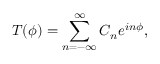
T ( \phi ) = \sum _ { n = - \infty } ^ { \infty } C _ { n } e ^ { i n \phi } ,